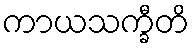
ကာယသက္ခီတိ